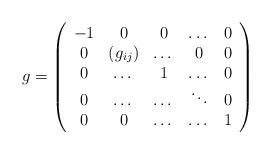
LaTeX: \begin{align*}g = \left(\begin{array}{ccccc}-1 & 0 & 0 & \dots & 0 \\0 & (g_{ij} ) & \dots & 0 & 0 \\0& \dots & 1 & \dots & 0 \\0& \dots & \dots& \ddots & 0 \\0& 0 & \dots & \dots & 1\\\end{array} \right)\end{align*}